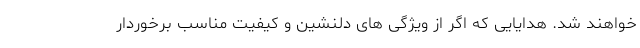
خواهند شد. هدایایی که اگر از ویژگی های دلنشین و کیفیت مناسب برخوردار